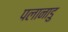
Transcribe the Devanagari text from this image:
पलानाडु